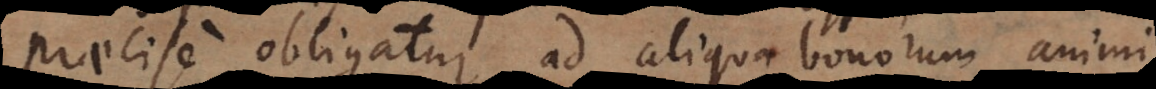
Praecise obligatur ad aliqua bonorum animi